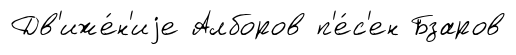
Дв'иже́н'иjе Алборов п'е́с'ен Бзаров